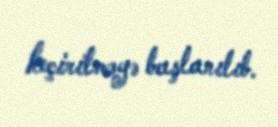
keçirilməyə başlanılıb.